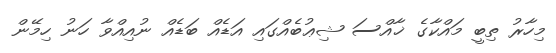
މިހާރު ތިބީ މައްކާގެ ޚާއްސަ ޝިޢުބެއްގައި އަޑެއް ބަޑެއް ނުއިއްވާ ހަނު ހިމޭން